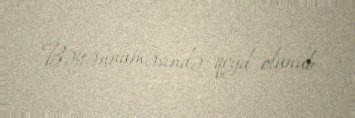
Bəyənnaməsində qeyd olunub.